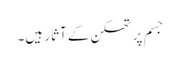
جسم پر تھکن کے آثار ہیں۔